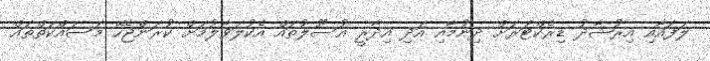
ލަފައާއި އިރުޝާދު ޑިރެކްޓަރަށް ދިނުމާއި އަދި އިދާރީ އުސޫލުތައް އެކުލަވާލުމަށް ކުރަންޖެހޭ މަސައްކަތްތައް